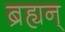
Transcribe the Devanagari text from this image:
ब्रह्यन्‌